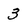
Character: 3